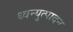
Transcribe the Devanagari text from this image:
ध्वन्युत्पादन